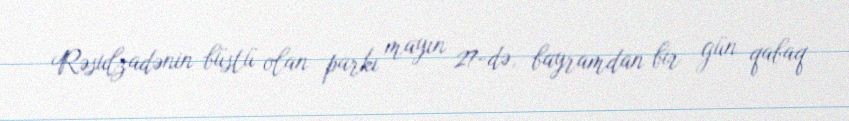
Rəsulzadənin büstü olan parkı mayın 27-də, bayramdan bir gün qabaq